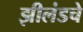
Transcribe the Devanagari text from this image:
झीलंडचे